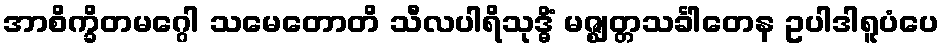
အာစိက္ခိတမဂ္ဂေါ သမေတောတိ သီလပါရိသုဒ္ဓိံ မဇ္ဈတ္တသင်္ခါတေန ဥပါဒါရူပံပေ